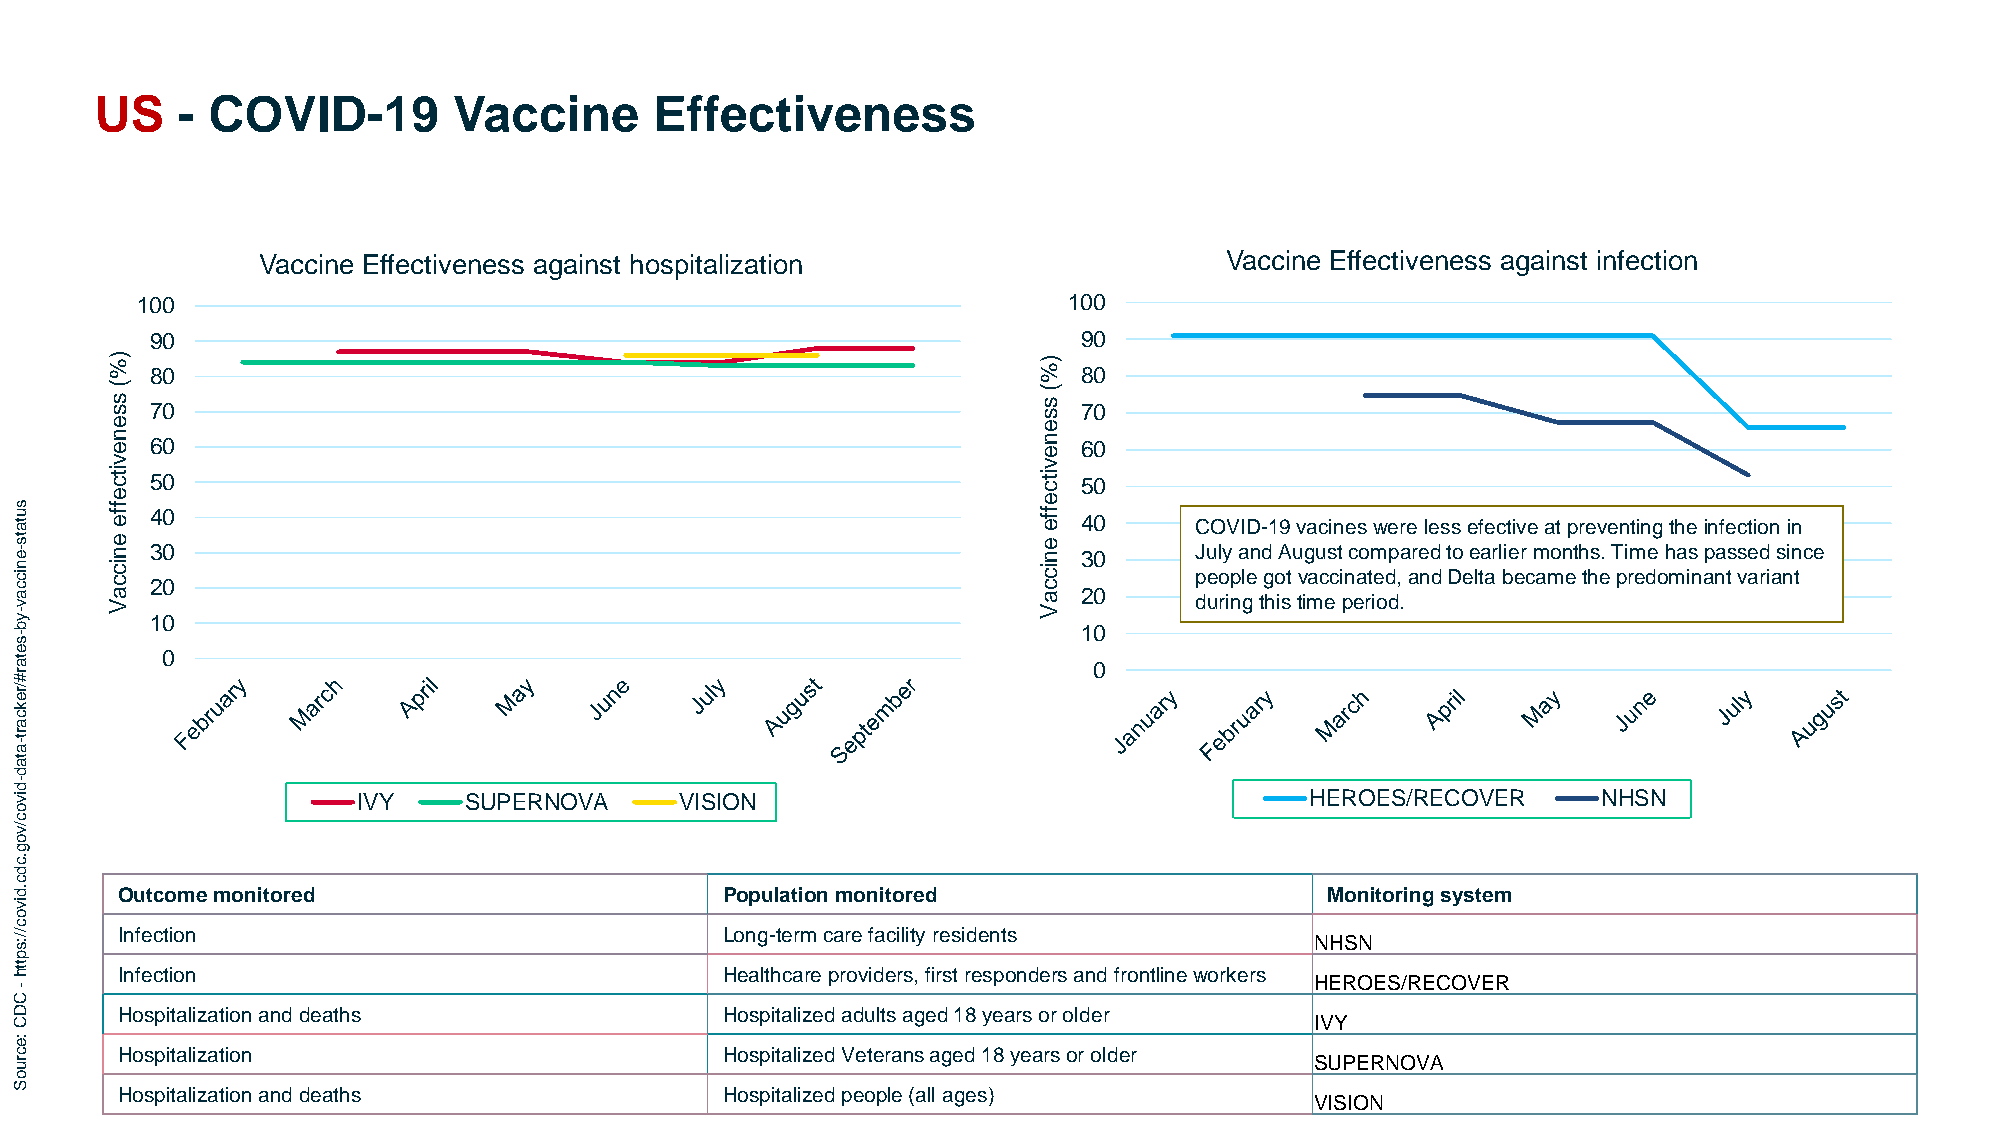
US    - COVID-19        Vaccine      Effectiveness
 Vaccine Effectiveness against hospitalization                   Vaccine Effectiveness against infection
 100                                                           100
 90                                                            90
 ) % 80                                                        ) % 80
 (
 s s 70
 (
 s s 70
 e                                                             e
 n e 60                                                        n e 60
 v                                                             v
 itc 50                                                        itc 50
 e                                                             e
 es u ta
 ts -
 f f e
 e n
 34 00                                                      f f e
 e n
 34 00  C JuO lyV aID nd-1 A9 uv ga uc sin
 t
 e cs
 o
 mwe pr ae rele ds ts
 o
 e ef ae rc lit eiv re ma ot np tr he sv .e Tn imtin eg hth ae
 s
 i pn afe ssct eio dn sii nn
 c e
 n ic c ya v - ic c a V 12 00                                        ic c a V 20 p de uo rinpl ge tg ho ist tv imac ec i pn ea rt ie od d, . and Delta becamethe predominantvariant
 b                                                                      10
 s-
 e ta      0                                                            0
 r#
 /re
 k
 c
 a
 ar -t
 ta
 d
 d-
 iv                     IVY    SUPERNOVA     VISION                                    HEROES/RECOVER     NHSN
 o
 c
 /v
 o
 g
 .c
 d
 c
 .d     Outcome monitored                       Population monitored                    Monitoring system
 iv
 o
 c
 //:s   Infection                               Long-term care facility residents
 NHSN
 p
 tth
 Infection                               Healthcare providers, first responders and frontline workers
 HEROES/RECOVER
 C-
 D      Hospitalization and deaths              Hospitalized adults aged 18 years or older
 C                                                                                     IVY
 :e
 c ru   Hospitalization     2021                Hospitalized Veterans aged 18 years or older SUPE CR onN fO ideV nA tial Hovione © 2021 12
 o
 S      Hospitalization and deaths              Hospitalized people (all ages)
 VISION